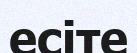
есіте